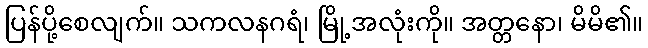
ပြန်ပို့စေလျက်။ သကလနဂရံ၊ မြို့အလုံးကို။ အတ္တနော၊ မိမိ၏။